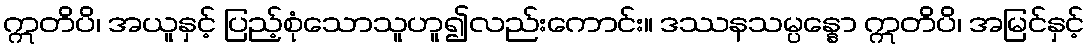
ဣတိပိ၊ အယူနှင့် ပြည့်စုံသောသူဟူ၍လည်းကောင်း။ ဒဿနသမ္ပန္နော ဣတိပိ၊ အမြင်နှင့်